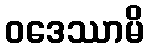
ဝဒေဿာမိ